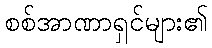
စစ်အာဏာရှင်များ၏